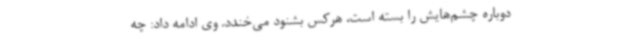
دوباره چشم‌هایش را بسته است، هرکس بشنود می‌خندد. وی ادامه داد: چه